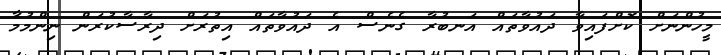
މީހުންނަށް ކޮށްފައިވާ ދައުވާތައް އަނބުރާ ގެނެސް އެ ދައުވާތައް އިތުރަށް ދިރާސާކުރަން ނިންމުމާ